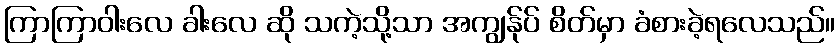
ကြာကြာဝါးလေ ခါးလေ ဆို သကဲ့သို့သာ အကျွန်ုပ် စိတ်မှာ ခံစားခဲ့ရလေသည်။